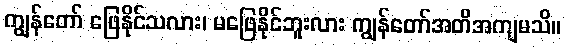
ကျွန်တော် ဖြေနိုင်သလား၊ မဖြေနိုင်ဘူးလား ကျွန်တော်အတိအကျမသိ။